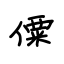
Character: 僳